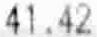
41.42